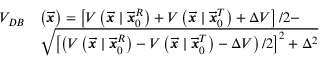
\begin{array} { r l } { V _ { D B } } & { \left( \overrightarrow { \mathbfit { x } } \right) = \left[ V \left( \overrightarrow { \mathbfit { x } } \mid \overrightarrow { \mathbfit { x } } _ { 0 } ^ { R } \right) + V \left( \overrightarrow { \mathbfit { x } } \mid \overrightarrow { \mathbfit { x } } _ { 0 } ^ { T } \right) + \Delta V \right] / 2 - } \\ & { \sqrt { \left[ \left( V \left( \overrightarrow { \mathbfit { x } } \mid \overrightarrow { \mathbfit { x } } _ { 0 } ^ { R } \right) - V \left( \overrightarrow { \mathbfit { x } } \mid \overrightarrow { \mathbfit { x } } _ { 0 } ^ { T } \right) - \Delta V \right) / 2 \right] ^ { 2 } + \Delta ^ { 2 } } } \end{array}